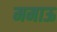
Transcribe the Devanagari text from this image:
ममाऊ